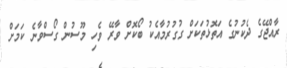
ރާއްޖޭގެ ދެކުނުގެ އަތޮޅުތަކަށް ގުގުރުމާއެކު ބޯކޮށް ވާރޭ ވެހި މޫސުން ގޯސްވާނެ ކަމަށް